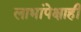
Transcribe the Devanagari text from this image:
लाभांपेक्षाही